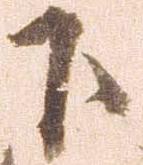
下